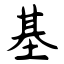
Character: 基